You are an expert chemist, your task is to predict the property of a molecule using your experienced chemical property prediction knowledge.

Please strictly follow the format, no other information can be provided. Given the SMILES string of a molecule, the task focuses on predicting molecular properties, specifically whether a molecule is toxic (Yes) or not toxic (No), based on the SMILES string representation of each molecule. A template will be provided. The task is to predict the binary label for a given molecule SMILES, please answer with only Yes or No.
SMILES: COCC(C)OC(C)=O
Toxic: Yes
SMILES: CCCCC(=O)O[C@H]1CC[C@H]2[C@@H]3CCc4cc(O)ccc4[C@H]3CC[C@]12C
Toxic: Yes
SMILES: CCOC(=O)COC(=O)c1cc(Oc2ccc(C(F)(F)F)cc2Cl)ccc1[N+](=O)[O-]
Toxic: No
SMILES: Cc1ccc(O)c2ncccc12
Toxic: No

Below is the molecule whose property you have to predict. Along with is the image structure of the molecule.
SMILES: O=C(O)C(F)(F)C(F)(F)C(F)(F)C(F)(F)C(F)(F)C(F)(F)C(F)(F)C(F)(F)C(F)(F)F
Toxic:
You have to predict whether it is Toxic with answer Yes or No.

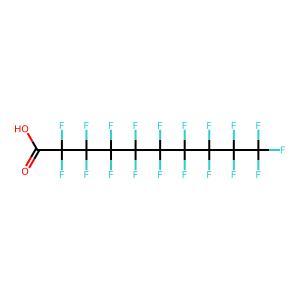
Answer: No